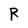
Character: R